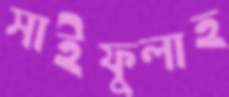
সাইফুলাহ